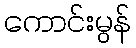
ကောင်းမွန်